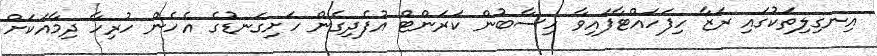
އިނގިލިތަކުގައި ރަޒާ ހިފަހައްޓާފައިވާ ހިސާބުން ކަރަންޓް އުފެދިގެން ހަށިގަނޑުގެ އެހެން ހުރިހާ ދިމާއަކަށް